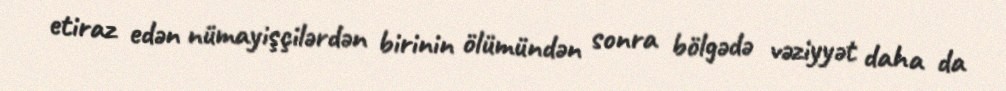
etiraz edən nümayişçilərdən birinin ölümündən sonra bölgədə vəziyyət daha da